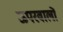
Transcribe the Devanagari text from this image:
ऊपरवालों